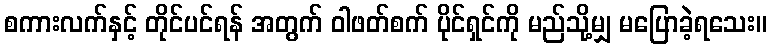
စကားလက်နှင့် တိုင်ပင်ရန် အတွက် ဝါဖတ်စက် ပိုင်ရှင်ကို မည်သို့မျှ မပြောခဲ့ရသေး။